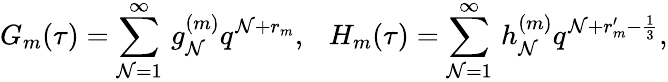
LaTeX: G_{m}(\tau)=\sum_{\mathcal{N}=1}^{\infty}\, g_{\mathcal{N}}^{(m)}q^{\mathcal{N}+r_{m}},~~~H_{m}(\tau)=\sum_{\mathcal{N}=1}^{\infty}\, h_{\mathcal{N}}^{(m)}q^{\mathcal{N}+r_{m}^{\prime}-\frac{{1}}{{3}}},